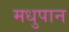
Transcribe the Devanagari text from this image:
मधुपान